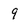
Character: 9